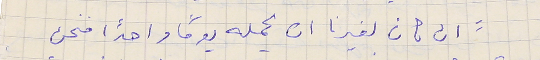
"ان كان لغيرنا ان يحمله يوما و احدًا فنحن